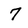
Character: 7